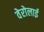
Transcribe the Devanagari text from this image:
वेरोलाई